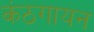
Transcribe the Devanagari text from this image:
कंठगायन